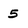
Character: 5